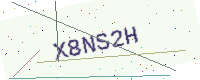
Text: X8NS2H